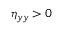
\eta _ { y y } > 0